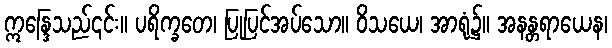
ဣန္ဒြေသည်၎င်း။ ပရိက္ခတေ၊ ပြုပြင်အပ်သော။ ဝိသယေ၊ အာရုံ၌။ အနန္တရာယေန၊